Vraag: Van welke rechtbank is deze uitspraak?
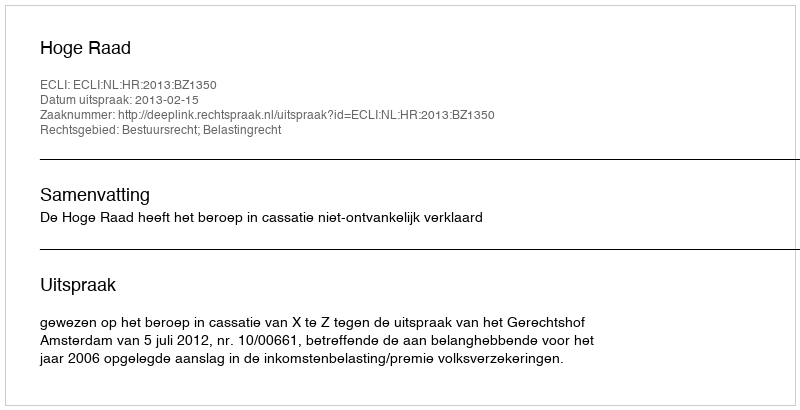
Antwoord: Hoge Raad